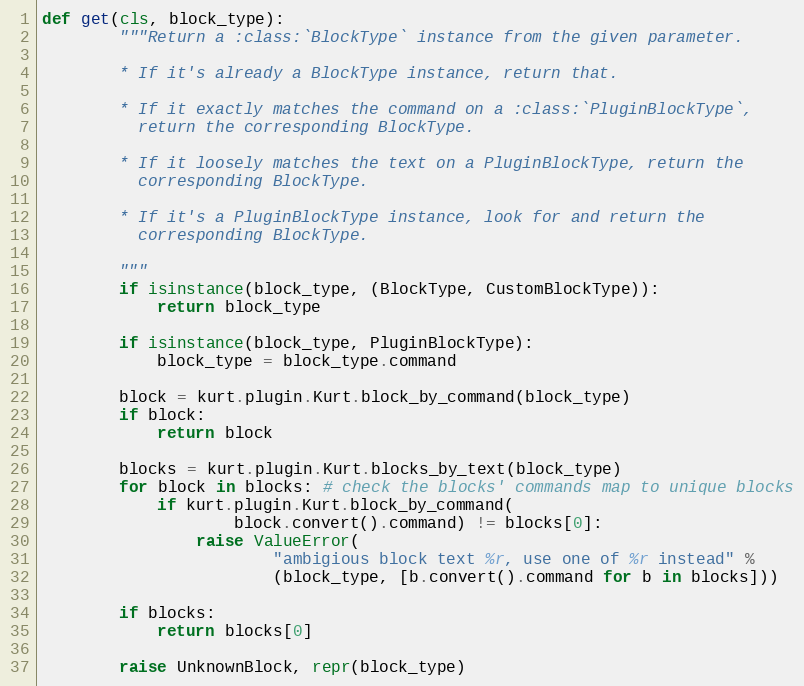
Language: Python
def get(cls, block_type):
        """Return a :class:`BlockType` instance from the given parameter.

        * If it's already a BlockType instance, return that.

        * If it exactly matches the command on a :class:`PluginBlockType`,
          return the corresponding BlockType.

        * If it loosely matches the text on a PluginBlockType, return the
          corresponding BlockType.

        * If it's a PluginBlockType instance, look for and return the
          corresponding BlockType.

        """
        if isinstance(block_type, (BlockType, CustomBlockType)):
            return block_type

        if isinstance(block_type, PluginBlockType):
            block_type = block_type.command

        block = kurt.plugin.Kurt.block_by_command(block_type)
        if block:
            return block

        blocks = kurt.plugin.Kurt.blocks_by_text(block_type)
        for block in blocks: # check the blocks' commands map to unique blocks
            if kurt.plugin.Kurt.block_by_command(
                    block.convert().command) != blocks[0]:
                raise ValueError(
                        "ambigious block text %r, use one of %r instead" %
                        (block_type, [b.convert().command for b in blocks]))

        if blocks:
            return blocks[0]

        raise UnknownBlock, repr(block_type)